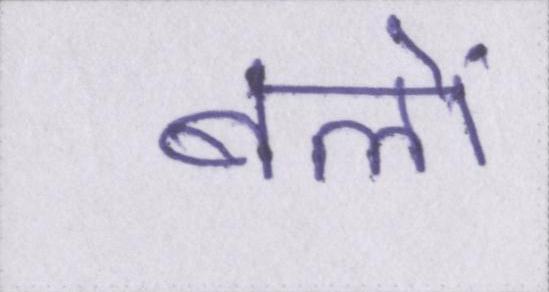
बलों